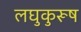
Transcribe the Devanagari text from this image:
लघुकुरूष